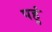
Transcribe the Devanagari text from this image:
पहुं